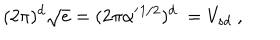
LaTeX: ( 2 \pi ) ^ { d } \sqrt { e } = ( 2 \pi \alpha ^ { \prime } { } ^ { 1 / 2 } ) ^ { d } \ = V _ { s d } \ ,